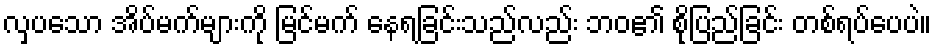
လှပသော အိပ်မက်များကို မြင်မက် နေရခြင်းသည်လည်း ဘဝ၏ စိုပြည်ခြင်း တစ်ရပ်ပေပဲ။